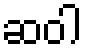
ဆဝါ